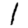
Digit: 1